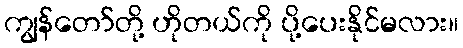
ကျွန်တော်တို့ ဟိုတယ်ကို ပို့ပေးနိုင်မလား။